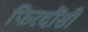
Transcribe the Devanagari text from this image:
फिरदौंसी